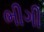
ભીગી